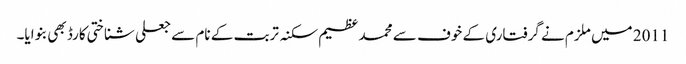
2011 میں ملزم نے گرفتاری کے خوف سے محمد عظیم سکنہ تربت کے نام سے جعلی شناختی کارڈ بھی بنوایا۔